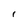
Character: r